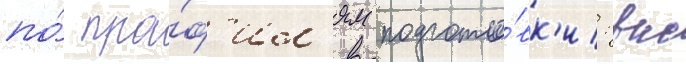
по́ про́ф'ил'ям подгото́вк'и: вкс